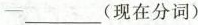
-___(现在分词)